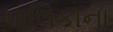
પાલિકાના